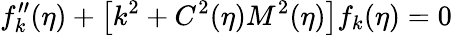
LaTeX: f_{k}^{\prime\prime}(\eta)+\left[k^{2}+C^{2}(\eta)M^{2}(\eta)\right]f_{k}(\eta)=0